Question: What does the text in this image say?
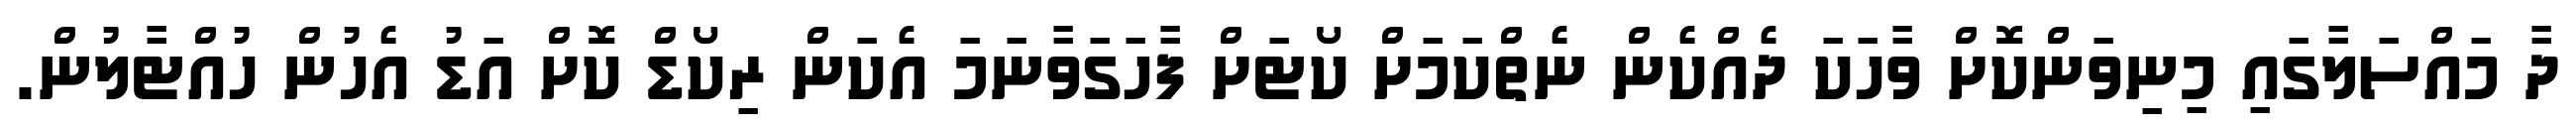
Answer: ދާ މައްސަލާގައި މިނިވަންކޮށް ވާހަކަ ދެއްކެން ނެތްކަމަށް ކޯޓަށް ފާހަގަވާނަމަ އެކަން ރިކޯޑް ކޮށް އަޑު އެހުން ހުއްޓާލުން.